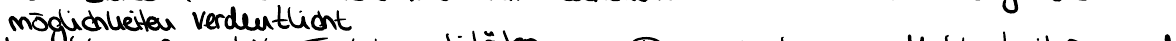
möglichkeiten verdeutlicht